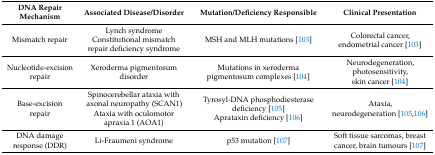
<table><thead><tr><td><b>DNA Repair Mechanism</b></td><td><b>Associated Disease/Disorder</b></td><td><b>Mutation/Deficiency Responsible</b></td><td><b>Clinical Presentation</b></td></tr></thead><tbody><tr><td>Mismatch repair</td><td>Lynch syndromeConstitutional mismatch repair deficiency syndrome</td><td>MSH and MLH mutations [103]</td><td>Colorectal cancer, endometrial cancer [103]</td></tr><tr><td>Nucleotide-excision repair</td><td>Xeroderma pigmentosum disorder</td><td>Mutations in xeroderma pigmentosum complexes [104]</td><td>Neurodegeneration, photosensitivity, skin cancer [104]</td></tr><tr><td>Base-excision repair</td><td>Spinocerebellar ataxia with axonal neuropathy (SCAN1)Ataxia with oculomotor apraxia 1 (AOA1)</td><td>Tyrosyl-DNA phosphodiesterase deficiency [105] Aprataxin deficiency [106]</td><td>Ataxia, neurodegeneration [105,106]</td></tr><tr><td>DNA damage response (DDR)</td><td>Li-Fraumeni syndrome</td><td>p53 mutation [107]</td><td>Soft tissue sarcomas, breast cancer, brain tumours [107]</td></tr></tbody></table>